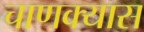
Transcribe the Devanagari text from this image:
चाणक्यास